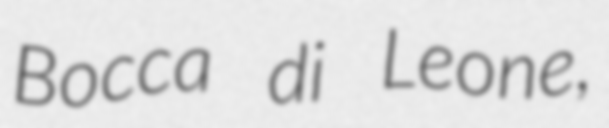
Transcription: Bocca di Leone,